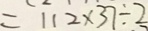
= 1 1 2 \times 3 7 \div 2